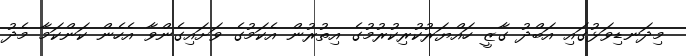
މިދަނޑިވަޅުގައި އަބްދު ގާޒީ ހައްޔަރުކުރިކުރުމުގެ އިތުރުން އެކަމުގެ ވަށައިގެންވާ އެހެން ކަންކަމާ މެދު